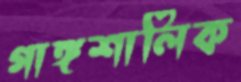
গাঙ্গশালিক